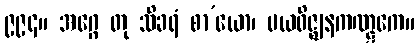
၉၉၄။ အဂ္ဂေ တု သိခရံ စာ’ယော၊ မယဝိဇ္ဈနကဏ္ဋကေ။